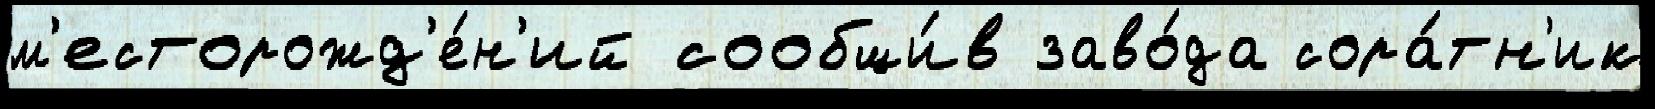
м'есторожд'е́н'ий сообщи́в заво́да сора́тн'ик